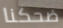
ضحكنا